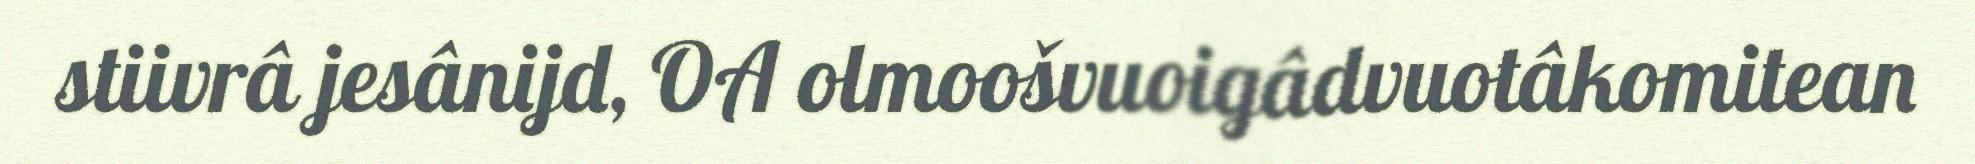
stiivrâ jesânijd, OA olmoošvuoigâdvuotâkomitean